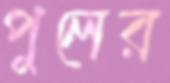
পুলের